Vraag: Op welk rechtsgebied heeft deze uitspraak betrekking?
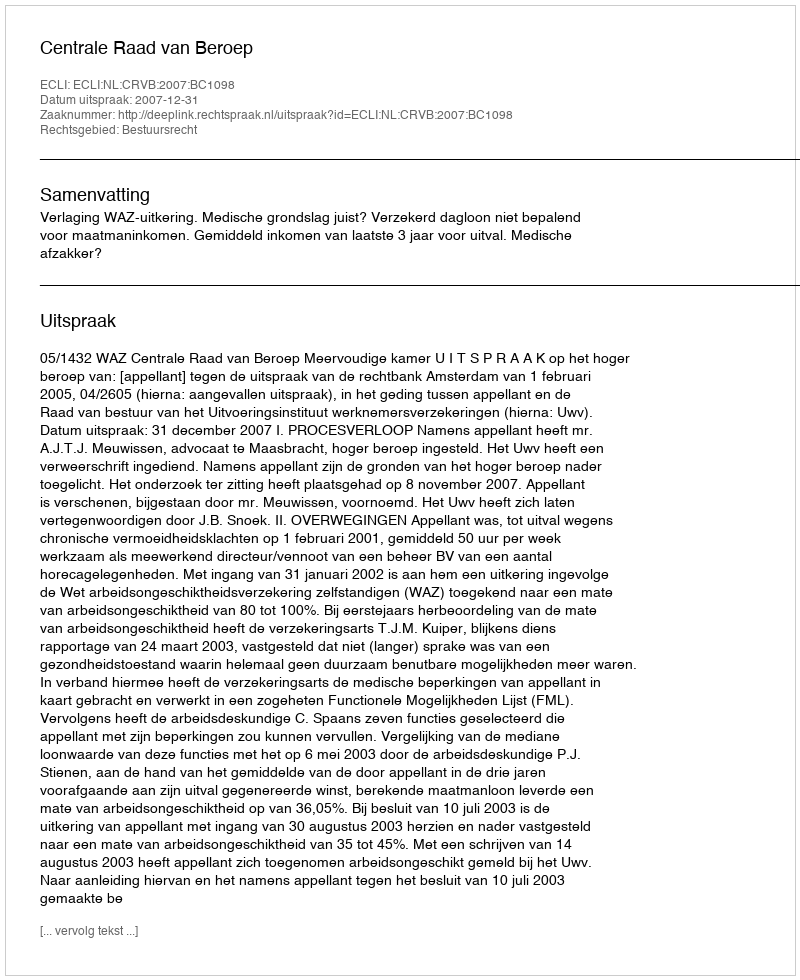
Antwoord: Bestuursrecht